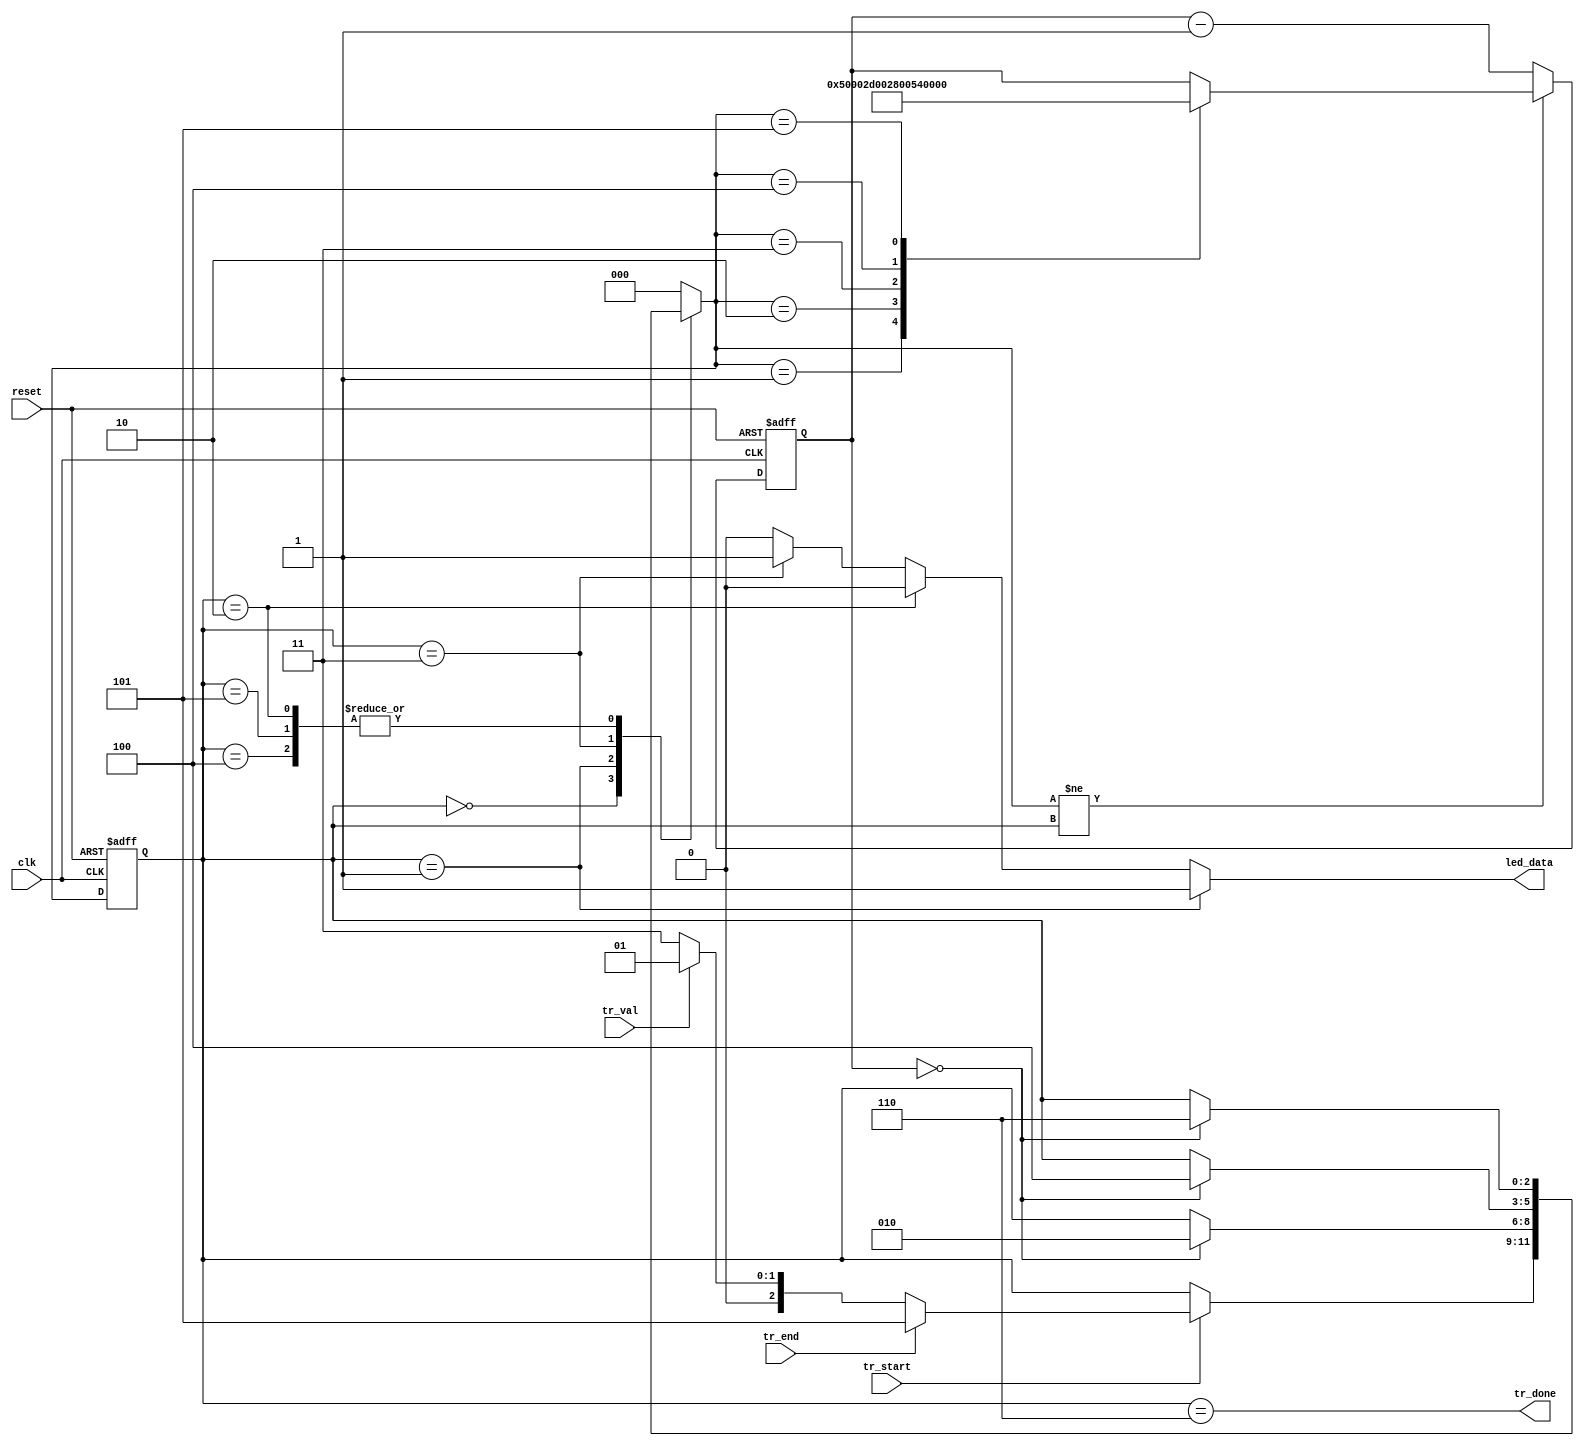
module led_driver_data_coder #(parameter CLK_PER = 10) // clk per in ns
(
    input clk,
    input reset,

    input tr_start,
    output tr_done,
    input tr_val,
    input tr_end,
    output led_data
);

    localparam T0H = 400; // ns
    localparam T0L = 850;
    localparam T1H = 800;
    localparam T1L = 450;
    localparam TEND = 50000;

    localparam T1H_CNT = T1H / CLK_PER;
    localparam T1L_CNT = T1L / CLK_PER;
    localparam T0H_CNT = T0H / CLK_PER;
    localparam T0L_CNT = T0L / CLK_PER;
    localparam TEND_CNT = TEND / CLK_PER;

    localparam ST_IDLE = 0;
    localparam ST_TR_1H = 1;
    localparam ST_TR_1L = 2;
    localparam ST_TR_0H = 3;
    localparam ST_TR_0L = 4;
    localparam ST_TR_END = 5;
    localparam ST_DONE = 6;

    reg [2:0] state, next_state;

    reg [15:0] clk_counter;
    wire clk_counter_done = (clk_counter == 0);

    always @(posedge clk or posedge reset) begin
        if (reset) begin
            state <= ST_IDLE;
        end
        else begin
            state <= next_state;
        end
    end

    always @(*) begin
        next_state = state;
        case (state)
            ST_IDLE: begin
                if (tr_start) begin
                    next_state = tr_end ? ST_TR_END :
                                 tr_val ? ST_TR_1H  :
                                          ST_TR_0H;
                end
            end
            ST_TR_1H: begin
                if (clk_counter_done) begin
                    next_state = ST_TR_1L;
                end
            end
            ST_TR_1L: begin
                if (clk_counter_done) begin
                    next_state = ST_DONE;
                end
            end
            ST_TR_0H: begin
                if (clk_counter_done) begin
                    next_state = ST_TR_0L;
                end
            end
            ST_TR_0L: begin
                if (clk_counter_done) begin
                    next_state = ST_DONE;
                end
            end
            ST_TR_END: begin
                if (clk_counter_done) begin
                    next_state = ST_DONE;
                end
            end
            ST_DONE: begin
                next_state = ST_IDLE;
            end
            default: begin
                next_state = ST_IDLE;
            end
        endcase
    end

    always @(posedge clk or posedge reset) begin
        if (reset) begin
            clk_counter <= 0;
        end
        else begin
            if (next_state != state) begin
                case (next_state)
                    ST_TR_1H: begin clk_counter <= T1H_CNT; end
                    ST_TR_1L: begin clk_counter <= T1L_CNT; end
                    ST_TR_0H: begin clk_counter <= T0H_CNT; end
                    ST_TR_0L: begin clk_counter <= T0L_CNT; end
                    ST_TR_END: begin clk_counter <= TEND_CNT; end
                endcase
            end
            else begin
                clk_counter <= clk_counter - 1;
            end
        end
    end

    assign tr_done  = (state == ST_DONE);

    assign led_data = state == ST_TR_1H ? 1 :
                      state == ST_TR_1L ? 0 :
                      state == ST_TR_0H ? 1 :
                      state == ST_TR_0L ? 0 :
                      state == ST_TR_END ? 0 : 0;
endmodule